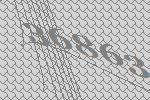
36863